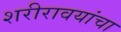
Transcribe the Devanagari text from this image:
शरीरावयांचा